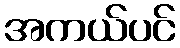
အကယ်ပင်